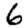
Digit: 6